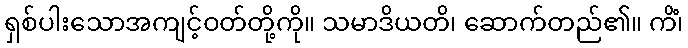
ရှစ်ပါးသောအကျင့်ဝတ်တို့ကို။ သမာဒိယတိ၊ ဆောက်တည်၏။ ကိံ၊